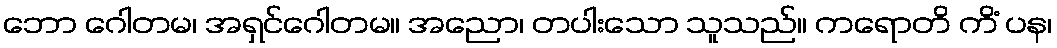
ဘော ဂေါတမ၊ အရှင်ဂေါတမ။ အညော၊ တပါးသော သူသည်။ ကရောတိ ကိံ ပန၊